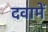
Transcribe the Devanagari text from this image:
दवामें